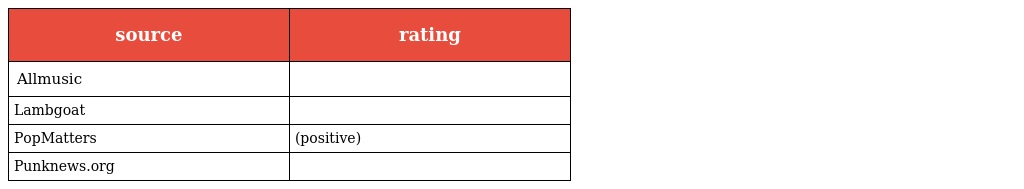
| source | rating |
 | --- | --- |
 | Allmusic |  |
 | Lambgoat |  |
 | PopMatters | (positive) |
 | Punknews.org |  |